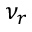
\nu _ { r }